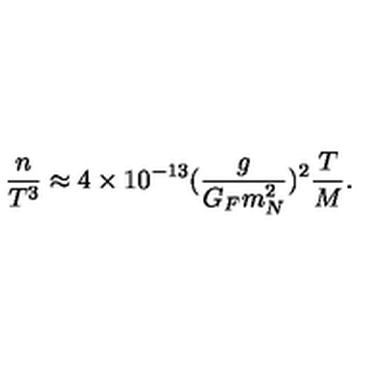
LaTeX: \frac { n } { T ^ { 3 } } \approx 4 \times 1 0 ^ { - 1 3 } ( \frac { g } { G _ { F } m _ { N } ^ { 2 } } ) ^ { 2 } \frac { T } { M } .